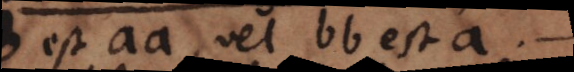
est aa, vel bb est a,